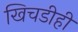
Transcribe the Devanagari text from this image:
खिचडीही